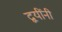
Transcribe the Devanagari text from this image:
द्वयींनी